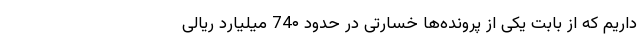
داریم که از بابت یکی از پرونده‌ها خسارتی در حدود 74۰ میلیارد ریالی